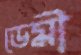
ডেমী